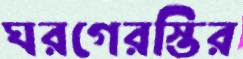
ঘরগেরস্তির